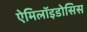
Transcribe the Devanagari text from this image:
ऐमिलॉइडोसिस